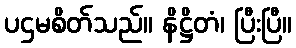
ပဌမစိတ်သည်။ နိဋ္ဌိတံ၊ ပြီးပြီ။